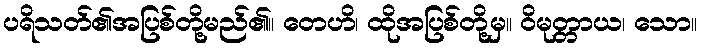
ပရိသတ်၏အပြစ်တို့မည်၏။ တေဟိ၊ ထိုအပြစ်တို့မှ။ ဝိမုတ္တာယ၊ သော။